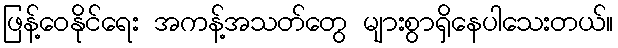
ဖြန့်ဝေနိုင်ရေး အကန့်အသတ်တွေ များစွာရှိနေပါသေးတယ်။